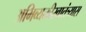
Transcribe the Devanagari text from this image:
अभिव्यक्तीस्वातंत्र्यास